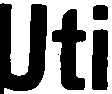
Uti